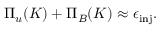
\Pi _ { u } ( K ) + \Pi _ { B } ( K ) \approx \epsilon _ { \mathrm { i n j } } .